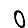
Digit: 0